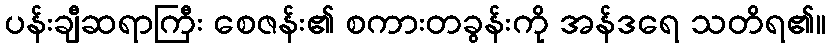
ပန်းချီဆရာကြီး စေဇန်း၏ စကားတခွန်းကို အန်ဒရေ သတိရ၏။